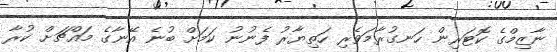
ނާޒިމްގެ ކޮޓަރިން ހަނގުރާމަވެރި ހަތިޔާރު ފެނުނު ކަމަށް ބުނެ އޭނާގެ މައްޗަށް ކުރާ